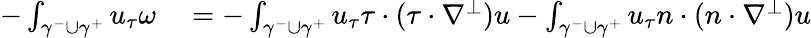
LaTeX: \begin{array}{rl}{-\int_{\gamma^{-}\cup\gamma^{+}}u_{\tau}\omega}&{{}=-\int_{\gamma^{-}\cup\gamma^{+}}u_{\tau}\tau\cdot(\tau\cdot\nabla^{\perp})u-\int_{\gamma^{-}\cup\gamma^{+}}u_{\tau}n\cdot(n\cdot\nabla^{\perp})u}\end{array}